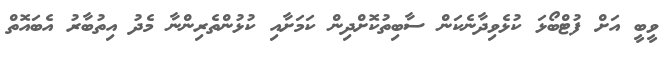
ވީބީ އަށް ފުޓްބޯޅަ ކުޅެވިދާނެކަން ސާބިތުކޮށްދިން ކަމަށާއި ކުޅުންތެރިންނާ މެދު އިތުބާރު އެބައޮތް